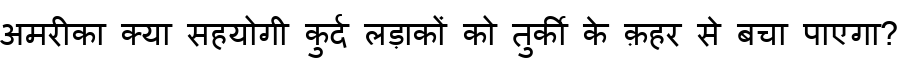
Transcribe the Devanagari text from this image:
अमरीका क्या सहयोगी कुर्द लड़ाकों को तुर्की के क़हर से बचा पाएगा?